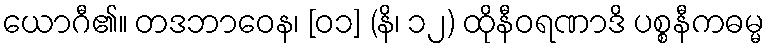
ယောဂီ၏။ တဒဘာဝေန၊ [၀၁] (နိ၊ ၁၂) ထိုနီဝရဏာဒိ ပစ္စနီကဓမ္မ